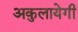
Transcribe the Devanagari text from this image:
अकुलायेगी